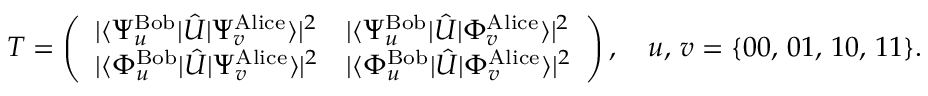
T = \left( \begin{array} { l l } { | \langle { \Psi _ { u } ^ { \mathrm { B o b } } } | \hat { U } | { \Psi _ { v } ^ { \mathrm { A l i c e } } } \rangle | ^ { 2 } } & { | \langle { \Psi _ { u } ^ { \mathrm { B o b } } } | \hat { U } | { \Phi _ { v } ^ { \mathrm { A l i c e } } } \rangle | ^ { 2 } } \\ { | \langle { \Phi _ { u } ^ { \mathrm { B o b } } } | \hat { U } | { \Psi _ { v } ^ { \mathrm { A l i c e } } } \rangle | ^ { 2 } } & { | \langle { \Phi _ { u } ^ { \mathrm { B o b } } } | \hat { U } | { \Phi _ { v } ^ { \mathrm { A l i c e } } } \rangle | ^ { 2 } } \end{array} \right) , \quad u , \, v = \{ 0 0 , \, 0 1 , \, 1 0 , \, 1 1 \} .